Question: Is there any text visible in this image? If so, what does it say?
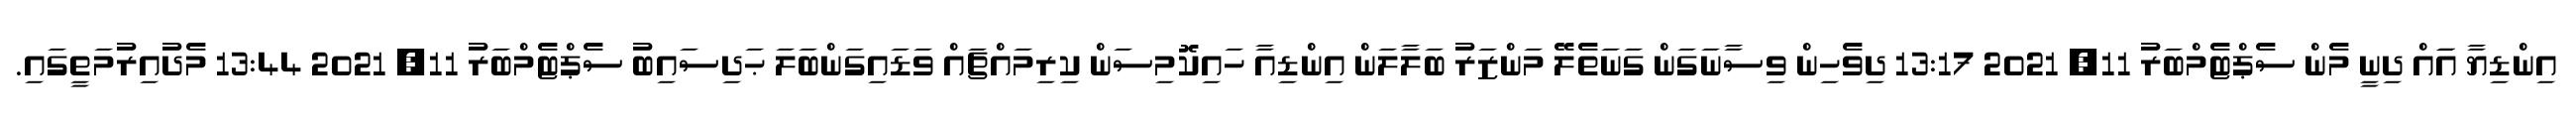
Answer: އިންޑިޔާ އަައް ދިނީ މެން ސެޕްޓެމްބަރު 11, 2021 13:17 ދިވެހިން ވިސާނަގަން ގަނަތެލޭ މަންޒަރު ބަލާލަން އިންޑިއާ ހައިކޮމިސަން ކިރިމައްޗައް ވަޑައިގަންބަލަ ޙަދިސައިބު ސެޕްޓެމްބަރު 11, 2021 13:44 މެދުއިރުމަތީގައި.